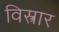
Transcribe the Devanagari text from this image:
विस्त्रार